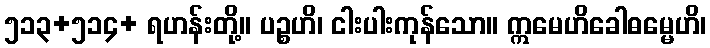
၅၁၃+၅၁၄+ ရဟန်းတို့။ ပဉ္စဟိ၊ ငါးပါးကုန်သော။ ဣမေဟိခေါဓမ္မေဟိ၊